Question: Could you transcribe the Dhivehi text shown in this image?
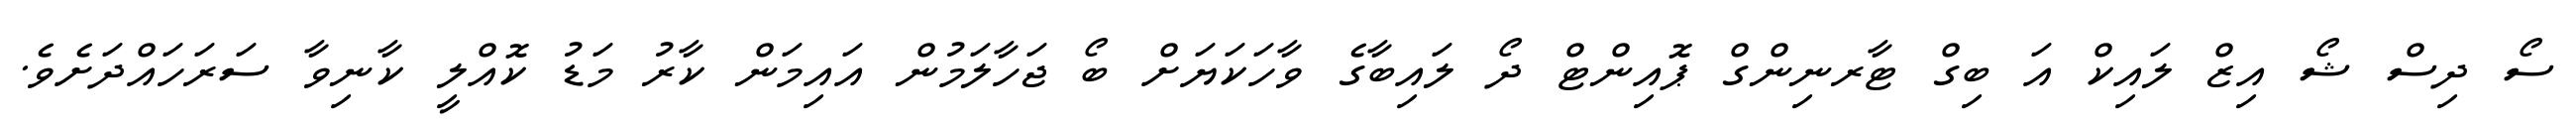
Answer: ސޯ ދިސް ޝޯ އިޒް ލައިކް އަ ބިގް ޓާރނިންގް ޕޮއިންޓް ދޯ ލައިބާގެ ވާހަކަޔަށް ބޯ ޖަހާލަމުން އައިމަން ކާރު މަޑު ކޮއްލީ ކާނިވާ ސަރަހައްދަށެވެ.